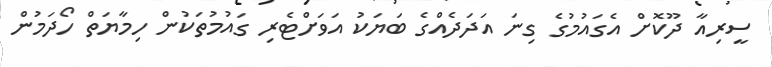
ސީރިއާ ދޫކޮށް އެގައުމުގެ ގިނަ އަދަދެއްގެ ބަޔަކު އަވަށްޓެރި ގައުމުތަކުން ހިމާޔަތް ހޯދަމުން